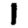
Digit: 1